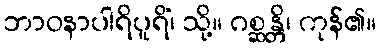
ဘာဝနာပါရိပူရိံ၊ သို့။ ဂစ္ဆန္တိ၊ ကုန်၏။